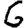
Digit: 6